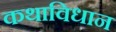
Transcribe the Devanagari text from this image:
कथाविधान